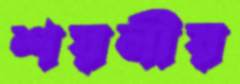
শয়নীয়